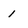
Character: 1